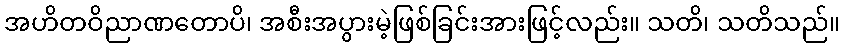
အဟိတဝိညာဏတောပိ၊ အစီးအပွားမဲ့ဖြစ်ခြင်းအားဖြင့်လည်း။ သတိ၊ သတိသည်။